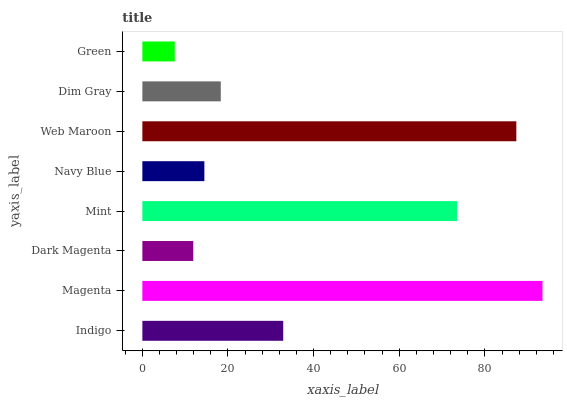
| yaxis_label | bars |
 | --- | --- |
 | Indigo | 32.9 |
 | Magenta | 93.5 |
 | Dark Magenta | 11.9 |
 | Mint | 73.5 |
 | Navy Blue | 14.5 |
 | Web Maroon | 87.3 |
 | Dim Gray | 18.3 |
 | Green | 7.57 |